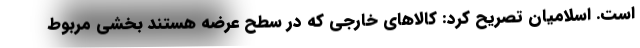
است. اسلامیان تصریح کرد: کالاهای خارجی که در سطح عرضه هستند بخشی مربوط